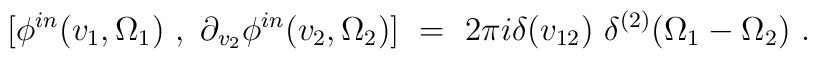
[\phi^{in}(v_1, \Omega_1)~,~\partial_{v_2} \phi^{in}(v_2, \Omega_2)]~=~2\pi i \delta(v_{12})~\delta^{(2)}(\Omega_1 - \Omega_2)~.